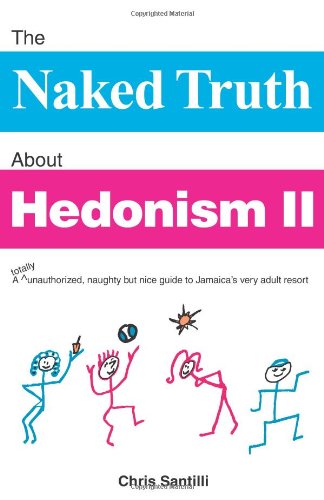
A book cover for The Naked Truth About Hedonism II: A totally unauthorized, naughty but nice guide to Jamaica's very adult resort; Chris Santilli; Travel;